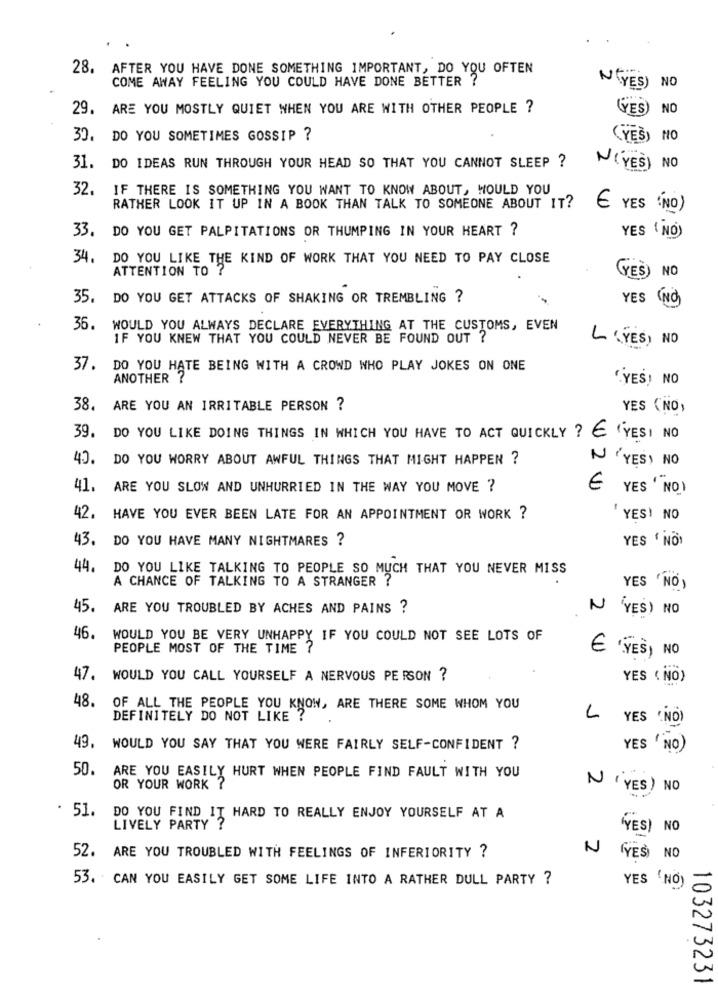
28.
AFTER YOU HAVE DONE SOMETHING IMPORTANT, DO YOU OFTEN
COME AWAY FEELING YOU COULD HAVE DONE BETTER ?
YES) NO
29. ARE YOU MOSTLY QUIET WHEN YOU ARE WITH OTHER PEOPLE ?
(YES) NO
30. DO YOU SOMETIMES GOSSIP ?
(YES) NO
31.
DO IDEAS RUN THROUGH YOUR HEAD SO THAT YOU CANNOT SLEEP ?
N(YES) NO
32.
IF THERE IS SOMETHING YOU WANT TO KNOW ABOUT, WOULD YOU
RATHER LOOK IT UP IN A BOOK THAN TALK TO SOMEONE ABOUT IT?
E YES (NO)
33. DO YOU GET PALPITATIONS OR THUMPING IN YOUR HEART ?
YES ( NO)
34.
DO YOU LIKE THE KIND OF WORK THAT YOU NEED TO PAY CLOSE
ATTENTION TO ?
YES) NO
35.
DO YOU GET ATTACKS OF SHAKING OR TREMBLING ?
YES NO
36.
WOULD YOU ALWAYS DECLARE EVERYTHING AT THE CUSTOMS, EVEN
IF YOU KNEW THAT YOU COULD NEVER BE FOUND OUT ?
L (YES) NO
37. DO YOU HATE BEING WITH A CROWD WHO PLAY JOKES ON ONE
ANOTHER ?
"YES) NO
38.
ARE YOU AN IRRITABLE PERSON ?
YES (NO)
39.
DO YOU LIKE DOING THINGS IN WHICH YOU HAVE TO ACT QUICKLY ? E (YES) NO
40.
DO YOU WORRY ABOUT AWFUL THINGS THAT MIGHT HAPPEN ?
N'YES) NO
41.
ARE YOU SLOW AND UNHURRIED IN THE WAY YOU MOVE ?
€ YES 'NO!
42. HAVE YOU EVER BEEN LATE FOR AN APPOINTMENT OR WORK ?
' YES' NO
43.
DO YOU HAVE MANY NIGHTMARES ?
YES ' NO)
44.
DO YOU LIKE TALKING TO PEOPLE SO MUCH THAT YOU NEVER MISS
A CHANCE OF TALKING TO A STRANGER ?
YES 'NO)
45.
ARE YOU TROUBLED BY ACHES AND PAINS ?
N (YES) NO
46.
WOULD YOU BE VERY UNHAPPY IF YOU COULD NOT SEE LOTS OF
PEOPLE MOST OF THE TIME ?
€ 'YES, NO
47. WOULD YOU CALL YOURSELF A NERVOUS PERSON ?
YES ( NO)
48.
OF ALL THE PEOPLE YOU KNOW, ARE THERE SOME WHOM YOU
DEFINITELY DO NOT LIKE ?
L YES (NO)
49.
WOULD YOU SAY THAT YOU WERE FAIRLY SELF-CONFIDENT ?
YES ' NO)
50.
ARE YOU EASILY HURT WHEN PEOPLE FIND FAULT WITH YOU
OR YOUR WORK ?
N'YES) NO
51.
DO YOU FIND IT HARD TO REALLY ENJOY YOURSELF AT A
LIVELY PARTY ?
(YES) NO
52.
N
ARE YOU TROUBLED WITH FEELINGS OF INFERIORITY ?
(YES) NO
53. . CAN YOU EASILY GET SOME LIFE INTO A RATHER DULL PARTY ?
YES (NO) .
103273231